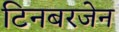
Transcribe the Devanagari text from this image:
टिनबरजेन